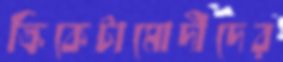
ক্রিকেটামোদীদের